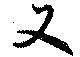
又